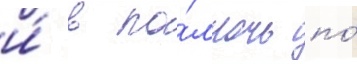
и́ в по́лночь по́